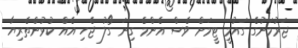
ޖަރުމަނުގެ ގައުމީ ޓީމަށް ވެސް އެންމެ ގިނަ ގޯލު ޖެހި އެއް ކުޅުންތެރިޔާ